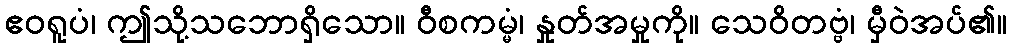
ဧဝရူပံ၊ ဤသို့သဘောရှိသော။ ဝီစကမ္မံ၊ နှုတ်အမှုကို။ သေဝိတဗ္ဗံ၊ မှီဝဲအပ်၏။